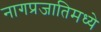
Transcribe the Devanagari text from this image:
नागप्रजातिमध्ये